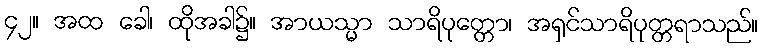
၄၂။ အထ ခေါ၊ ထိုအခါ၌။ အာယသ္မာ သာရိပုတ္တော၊ အရှင်သာရိပုတ္တရာသည်။